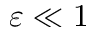
\varepsilon \ll 1